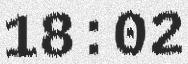
18:02